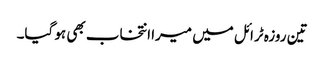
تین روزہ ٹرائل میں میرا انتخاب بھی ہو گیا۔